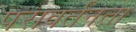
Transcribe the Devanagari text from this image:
परावर्तनता